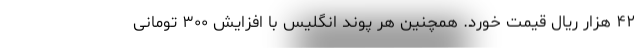
۴۲ هزار ریال قیمت خورد. همچنین هر پوند انگلیس با افزایش ۳۰۰ تومانی